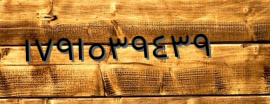
١٧٩١٥٣٩٤٣٩